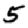
Digit: 5